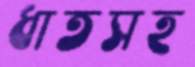
ধাতসহ